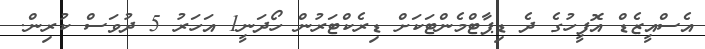
އެސްއީޒެޑް އޮފީހުގެ ދެ ޑިޕާޓްމެންޓަކަށް ޑިރެކްޓަރުން ހޯދަނީ1 އަހަރު 5 ދުވަސް ކުރިން.